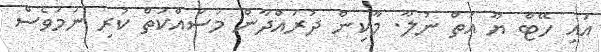
އައި ހޭޓް ޔޫ އަތް ނުލާ. މާކިން ދުރައްދާން މަސައްކަތް ކުރި ނަމަވެސް